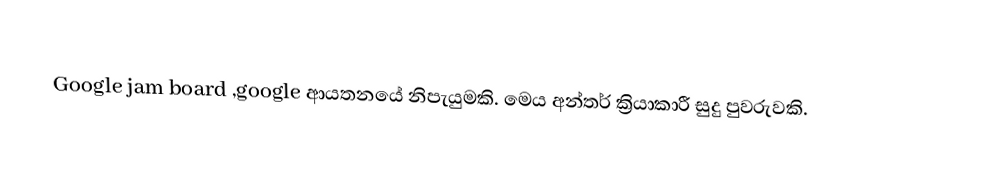
Google jam board ,google ආයතනයේ නිපැයුමකි. මෙය අන්තර් ක්‍රියාකාරී සුදු පුවරුවකි.